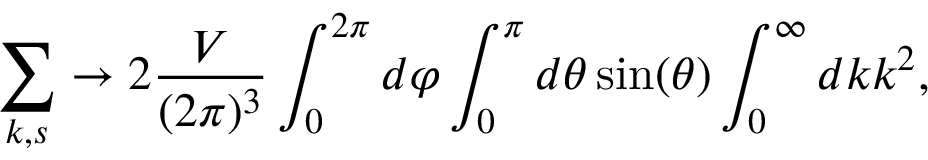
\sum _ { { \boldsymbol { k } } , s } \to 2 \frac { V } { ( 2 \pi ) ^ { 3 } } \int _ { 0 } ^ { 2 \pi } d \varphi \int _ { 0 } ^ { \pi } d \theta \sin ( \theta ) \int _ { 0 } ^ { \infty } d k k ^ { 2 } ,